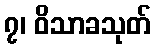
၇၊ ဝိသာခသုတ်